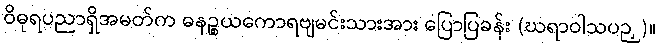
ဝိဓုရပညာရှိအမတ်က ဓနဉ္စယကောရဗျမင်းသားအား ပြောပြခန်း (ဃရာဝါသပဉှ)။